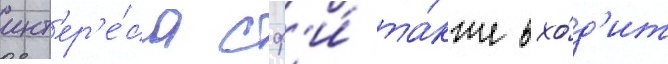
инт'ер'е́са сф'и́ та́кже вхо́д'ит